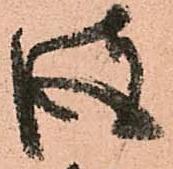
彼